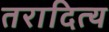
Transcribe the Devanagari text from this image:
तरादित्य